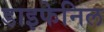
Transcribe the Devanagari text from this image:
डाइफेनिल